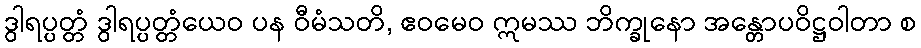
ဒွါရပ္ပတ္တံ ဒွါရပ္ပတ္တံယေဝ ပန ဝီမံသတိ, ဧဝမေဝ ဣမဿ ဘိက္ခုနော အန္တောပဝိဋ္ဌဝါတာ စ